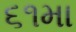
૬૧મા